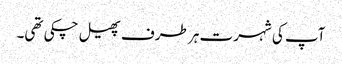
آپ کی شہرت ہر طرف پھیل چکی تھی۔